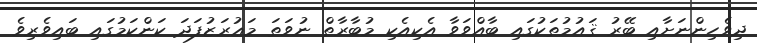
ދިވެހިންނަށާއި ބޭރު ޤައުމުތަކުގައި ބާއްވަވާ އެކިއެކި މުބާރާތް ނުވަތަ މަޢުރަޒުފަދަ ކަންކަމުގައި ބައިވެރިވެ